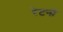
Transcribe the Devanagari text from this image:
रेटनो